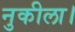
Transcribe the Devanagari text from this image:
नुकीला।